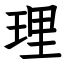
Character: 理